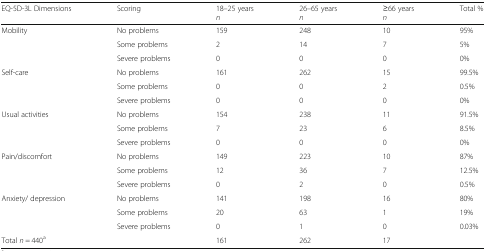
| EQ-5D-3L Dimensions | Scoring | 18–25 years n | 26–65 years n | ≥66 years n | Total % |
 | --- | --- | --- | --- | --- | --- |
 | <ROWSPAN=3> Mobility | No problems | 159 | 248 | 10 | 95% |
 | Some problems | 2 | 14 | 7 | 5% |
 | Severe problems | 0 | 0 | 0 | 0% |
 | <ROWSPAN=3> Self-care | No problems | 161 | 262 | 15 | 99.5% |
 | Some problems | 0 | 0 | 2 | 0.5% |
 | Severe problems | 0 | 0 | 0 | 0% |
 | <ROWSPAN=3> Usual activities | No problems | 154 | 238 | 11 | 91.5% |
 | Some problems | 7 | 23 | 6 | 8.5% |
 | Severe problems | 0 | 0 | 0 | 0% |
 | <ROWSPAN=3> Pain/discomfort | No problems | 149 | 223 | 10 | 87% |
 | Some problems | 12 | 36 | 7 | 12.5% |
 | Severe problems | 0 | 2 | 0 | 0.5% |
 | <ROWSPAN=3> Anxiety/ depression | No problems | 141 | 198 | 16 | 80% |
 | Some problems | 20 | 63 | 1 | 19% |
 | Severe problems | 0 | 1 | 0 | 0.03% |
 | Total n = 440a |  | 161 | 262 | 17 |  |